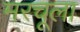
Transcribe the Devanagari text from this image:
मरचूला